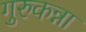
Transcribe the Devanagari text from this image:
गुरुकन्ना